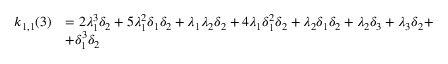
\begin{array} { r l } { k _ { 1 , 1 } ( 3 ) } & { = 2 \lambda _ { 1 } ^ { 3 } \delta _ { 2 } + 5 \lambda _ { 1 } ^ { 2 } \delta _ { 1 } \delta _ { 2 } + \lambda _ { 1 } \lambda _ { 2 } \delta _ { 2 } + 4 \lambda _ { 1 } \delta _ { 1 } ^ { 2 } \delta _ { 2 } + \lambda _ { 2 } \delta _ { 1 } \delta _ { 2 } + \lambda _ { 2 } \delta _ { 3 } + \lambda _ { 3 } \delta _ { 2 } + } \\ & { + \delta _ { 1 } ^ { 3 } \delta _ { 2 } } \end{array}